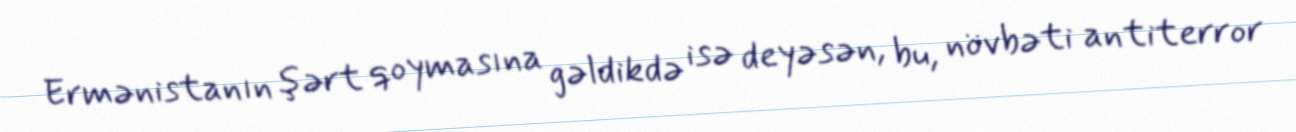
Ermənistanın şərt qoymasına gəldikdə isə deyəsən, bu, növbəti antiterror